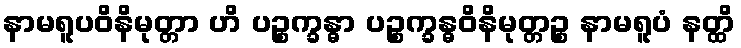
နာမရူပဝိနိမုတ္တာ ဟိ ပဉ္စက္ခန္ဓာ ပဉ္စက္ခန္ဓဝိနိမုတ္တဉ္စ နာမရူပံ နတ္ထိ